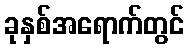
ခုနှစ်အရောက်တွင်